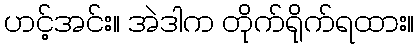
ဟင့်အင်း။ အဲဒါက တိုက်ရိုက်ရထား။